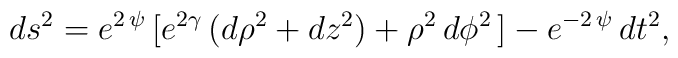
ds^{2}=e^{2\, \psi}\,[e^{2\gamma}\,(d\rho^{2}+dz^{2})+\rho^{2}\,d\phi^{2}\,]-e^{-2\, \psi}\,dt^{2} ,